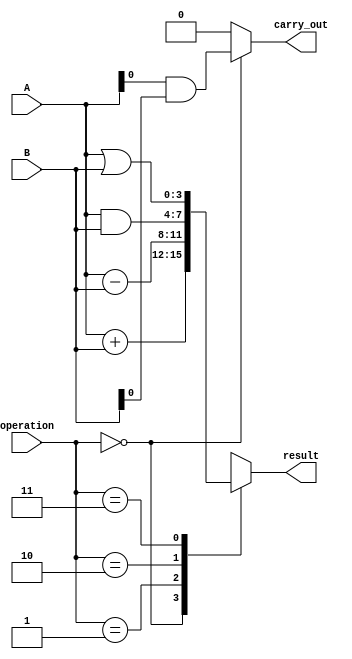
module ALU (
    input [3:0] A,
    input [3:0] B,
    input [1:0] operation,
    output carry_out,
    output reg [3:0] result
);

assign carry_out = (operation == 2'b00) ? (A[0]&B[0]) : 1'b0;
  
always @(*) begin
    case(operation)
        2'b00: result = A + B;
        2'b01: result = A - B;
        2'b10: result = A & B;
        2'b11: result = A | B;
    endcase
end

endmodule